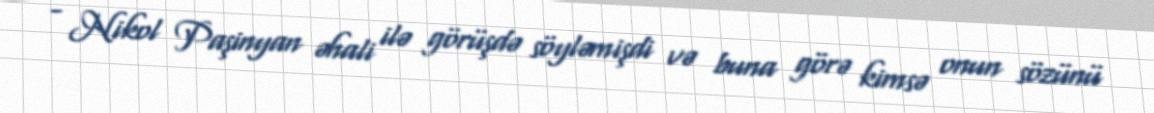
- Nikol Paşinyan əhali ilə görüşdə söyləmişdi və buna görə kimsə onun sözünü